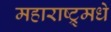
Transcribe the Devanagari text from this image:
महाराष्ट्र्मधे